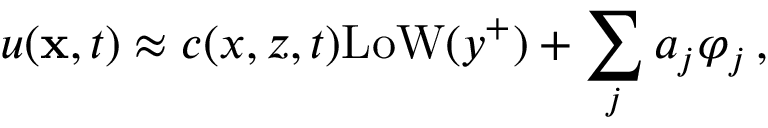
u ( { \bf x } , t ) \approx c ( x , z , t ) \mathrm { L o W } ( y ^ { + } ) + \sum _ { j } a _ { j } \varphi _ { j } \, ,